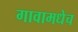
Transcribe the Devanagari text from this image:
गावामधेच